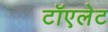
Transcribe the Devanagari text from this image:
टॉएलेट